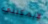
لايمكنني